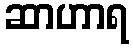
ဆာဟာရ